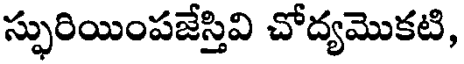
స్ఫురియింపజేస్తివి చోద్యమొకటి,